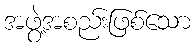
အဖွဲ့အစည်းဖြစ်သော